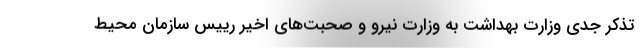
تذکر جدی وزارت بهداشت به وزارت نیرو و صحبت‌های اخیر رییس سازمان محیط